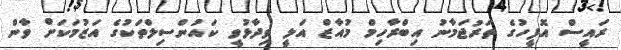
ރައީސް އޮފީހުގެ ތަރުޖަމާނު އިބްރާހިމް މުއާޒް އަލީ ވިދާޅުވީ ކައުންސިލްތަކުގެ އަޒުމަކަށް ވާން